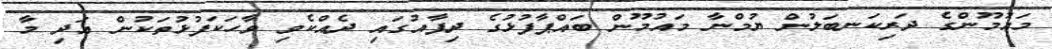
މައުމޫންގެ ދަރިކަނބަލުން ޔުމްނާ މައުމޫން ބައްޕާފުޅުގެ ދިފާއުގައި ދެއްކެވި ވާހަކަފުޅުތަކުން އަދި މާ